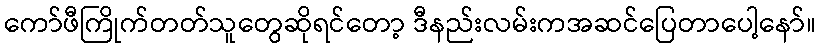
ကော်ဖီကြိုက်တတ်သူတွေဆိုရင်တော့ ဒီနည်းလမ်းကအဆင်ပြေတာပေါ့နော်။